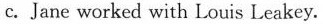
c.Jane worked with Louis Leakey.